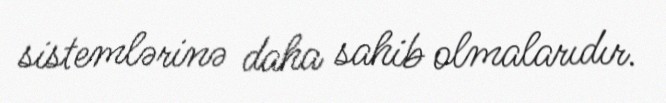
sistemlərinə daha sahib olmalarıdır.